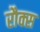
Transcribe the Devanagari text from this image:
रौक्स